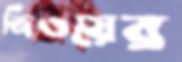
জিওয়ের